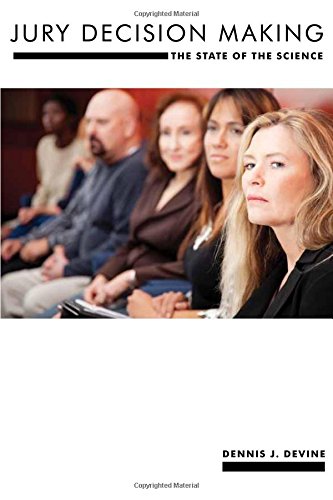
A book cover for Jury Decision Making: The State of the Science (Psychology and Crime); Dennis J. Devine; Law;